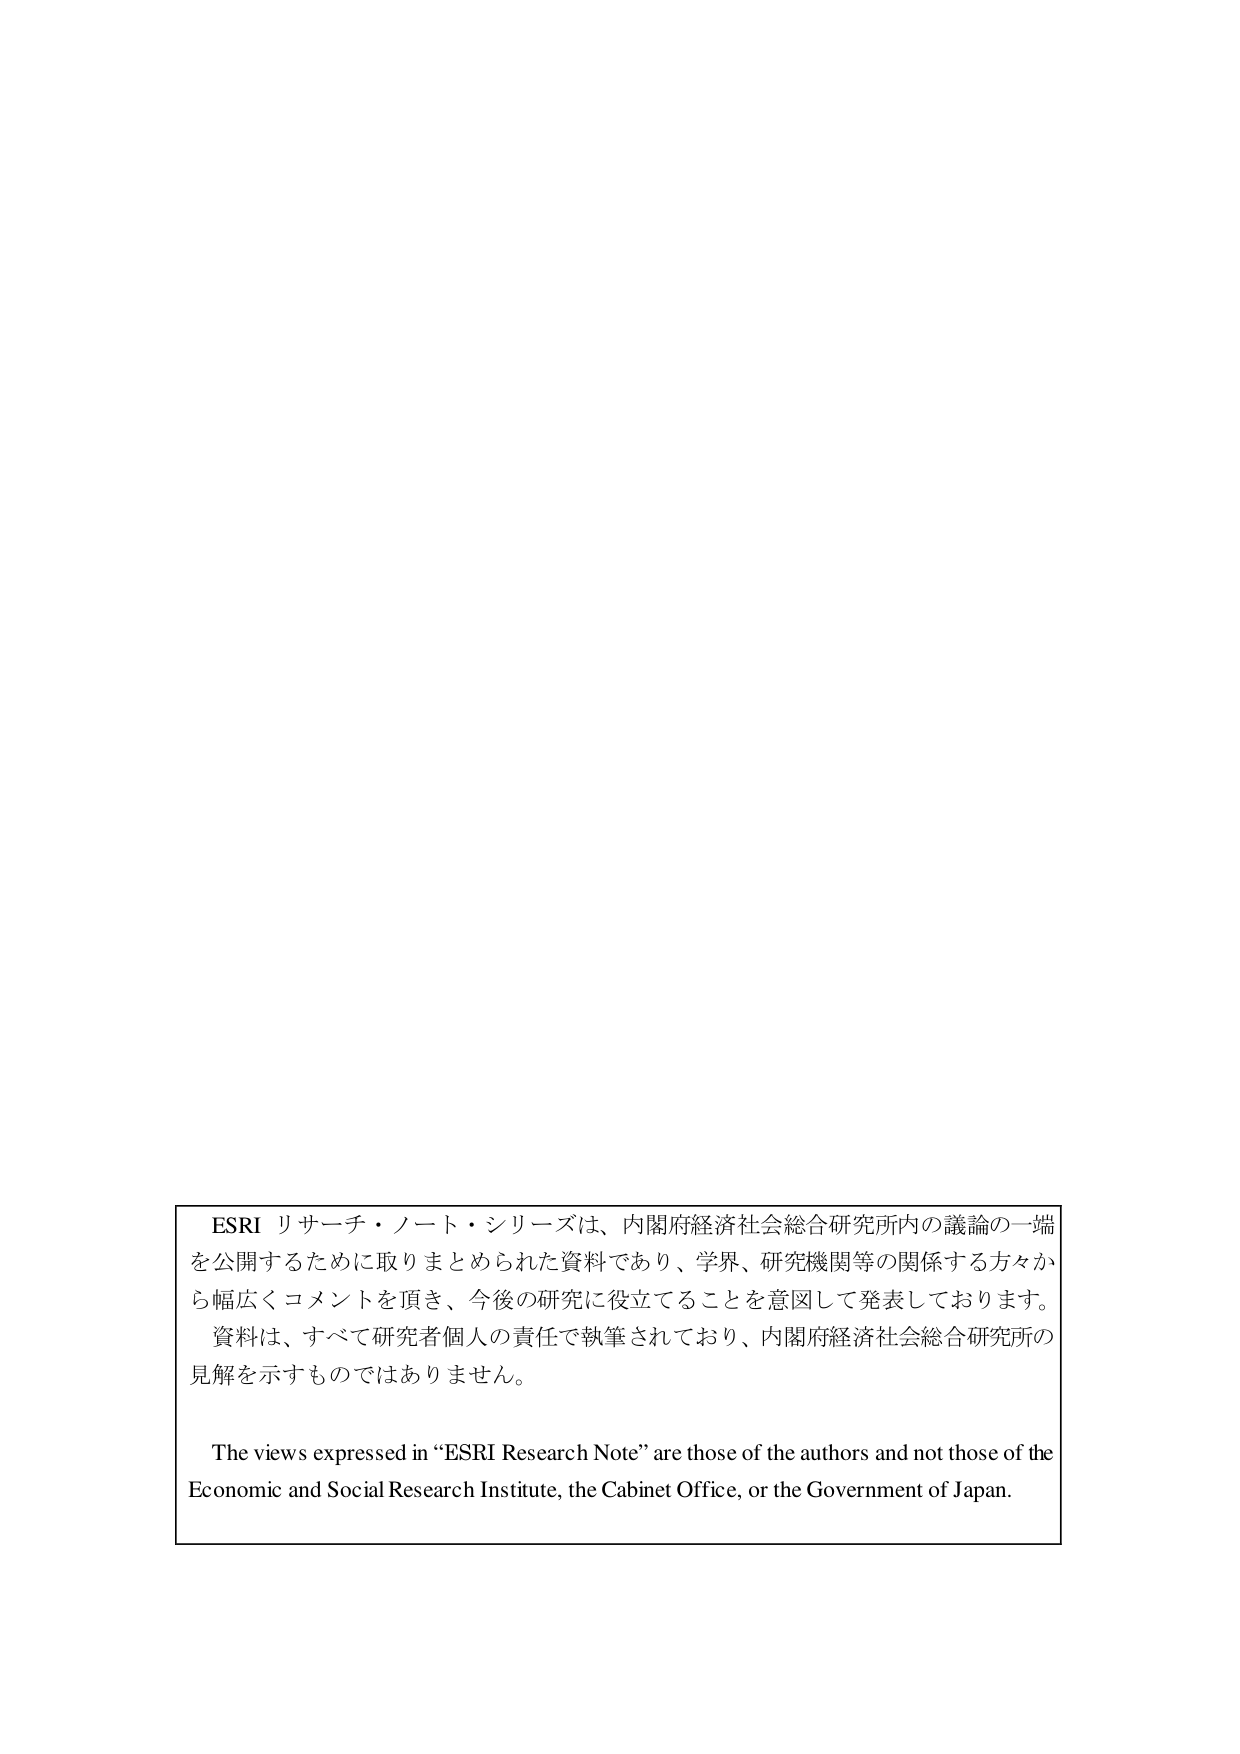
ESRI リサーチ・ノート・シリーズは、内閣府経済社会総合研究所内の議論の一端を公開するために取りまとめられた資料であり、学界、研究機関等の関係する方々から幅広くコメントを頂き、今後の研究に役立てることを意図して発表しております。資料は、すべて研究者個人の責任で執筆されており、内閣府経済社会総合研究所の見解を示すものではありません。

The views expressed in “ESRI Research Note” are those of the authors and not those of the Economic and Social Research Institute, the Cabinet Office, or the Government of Japan.